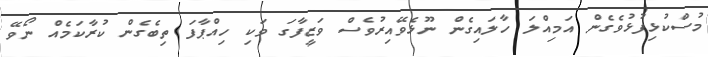
މުސްކުޅިފުޅުވެގެން އަމިއްލަ ހާލައިގެން ނޫޅެވޭއިރުވެސް ވަޒީފާގަ ވަކި ހިއްޕާފަ ތިބެގެން ކުރާކަމެއް ނޯވޭ